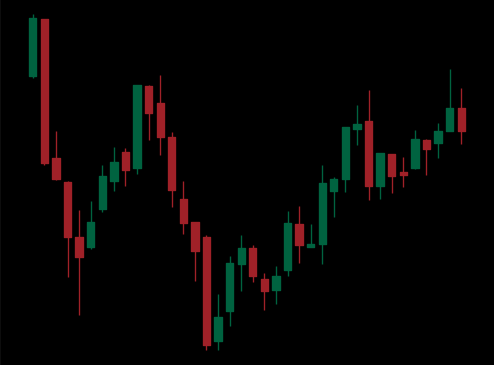
Pattern: inverse_head_shoulders